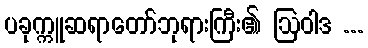
ပခုက္ကူဆရာတော်ဘုရားကြီး၏ ဩဝါဒ ...